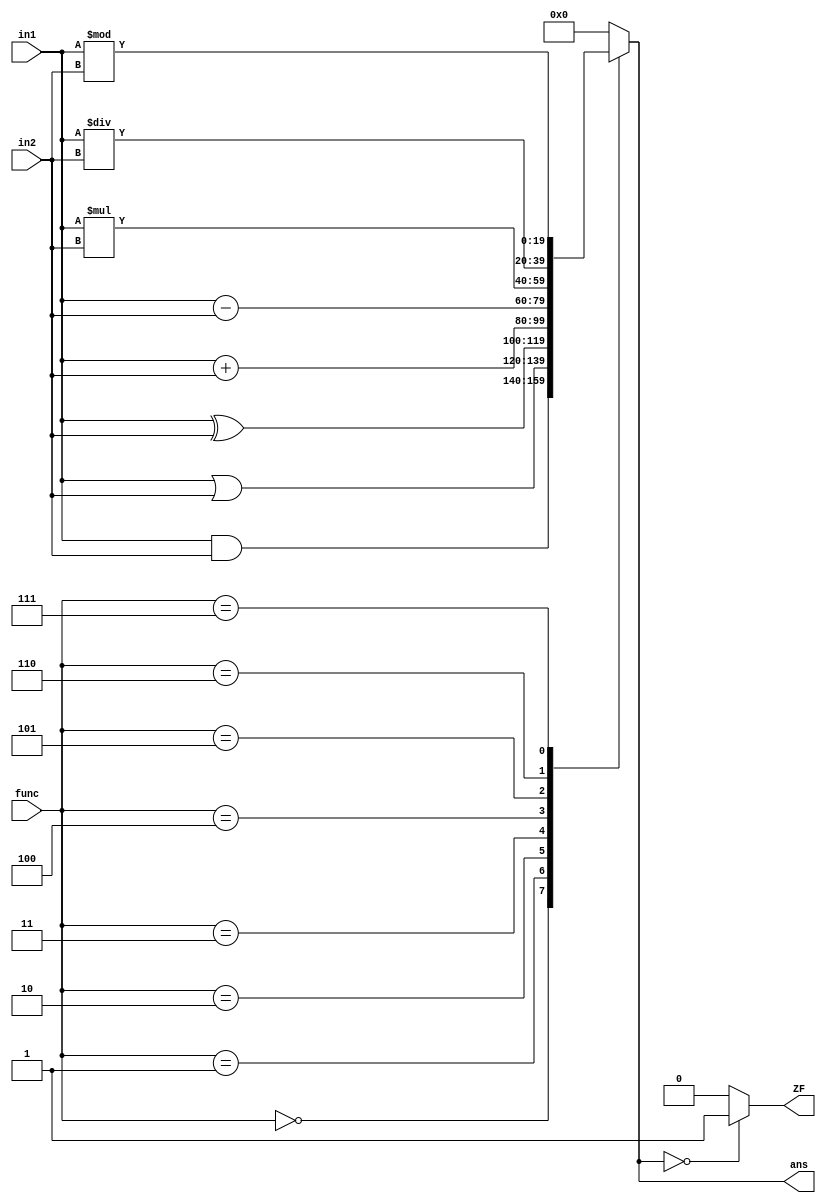
module ALU(in1, in2, func, ans, ZF
    );
	 input [19:0] in1;
	 input [19:0] in2;
	 input [3:0] func;
	 output reg [19:0] ans;
	 output reg ZF;
	 
	 always @(*)
	 begin
	 case(func)
		4'b0000: ans = in1 & in2; // AND
		4'b0001: ans = in1 | in2; // OR
		4'b0010: ans = in1 ^ in2; // XOR
		4'b0011: ans = in1 + in2; // ADD
		4'b0100: ans = in1 - in2; // SUB
		4'b0101: ans = in1 * in2; // MULT
		4'b0110: ans = in1 / in2; // DIV
		4'b0111: ans = in1 % in2; // REM
		
		default: ans = 0;
	endcase
	
	if(ans == 4'h0000)
		ZF = 1;
	else
		ZF = 0;
	end

endmodule